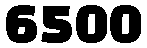
6500